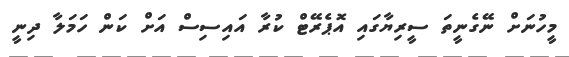
މީހުނަށް ނޭގެނީތަ ސީރިޔާގައި އޮޕެރޭޓް ކުރާ އައިސިސް އަށް ކަން ހަމަލާ ދިނީ